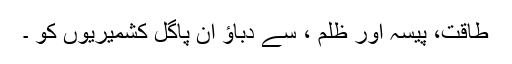
طاقت، پیسہ اور ظلم ، سے دباؤ ان پاگل کشمیریوں کو ۔